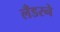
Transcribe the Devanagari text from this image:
लँडरने